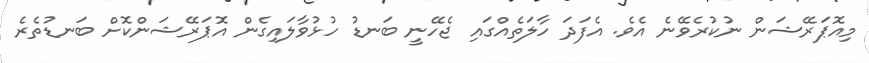
މިއޮޕަރޭޝަން ނުކުރެވޭނެ އެވެ. އެފަދަ ހާލަތެއްގައި ޖެހޭނީ ބަނޑު ހުޅުވާލައިގެން އޮޕަރޭޝަންކޮށް ބަނޑުތެރެ